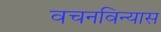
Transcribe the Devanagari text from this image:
वचनविन्यास